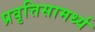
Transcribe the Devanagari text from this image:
प्रवृत्तिसामर्थ्य